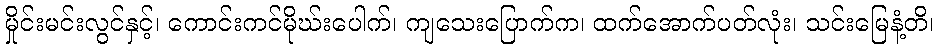
မှိုင်းမင်းလွင်နှင့်၊ ကောင်းကင်မိုဃ်းပေါက်၊ ကျသေးပြောက်က၊ ထက်အောက်ပတ်လုံး၊ သင်းမြေနံ့တိ၊